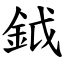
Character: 鉞